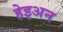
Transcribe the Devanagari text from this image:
हेइअन